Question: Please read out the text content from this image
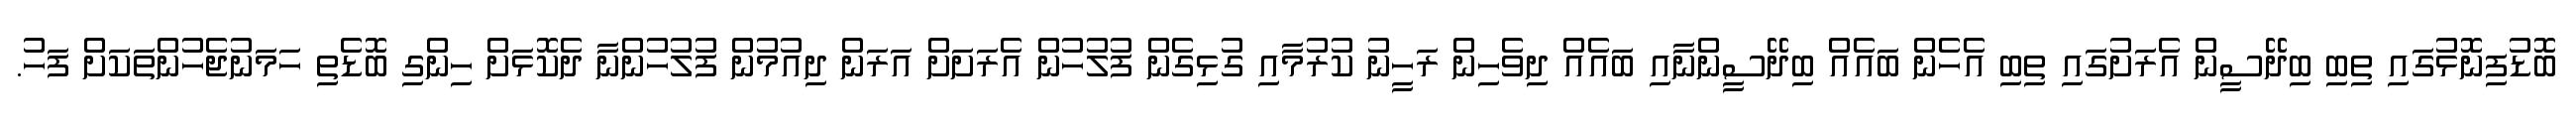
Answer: ބޮޑުފިނޮޅުގައި ތިބި ބިދޭސީން އެރަށުގައި ތިބި އެހެން ބައެއް ބިދޭސީންނާއި ބައެއް ދިވެހިން ރަހީނު ކުރުމާއި ގުޅިގެން ފުލުހުން އެރަށަށް އަރަން ދިއުމުން ފުލުހުންނާ ދެކޮޅަށް ހިންގި ބޮޑެތި ހަމަނުޖެހުންތަކަށް ފަހު.